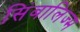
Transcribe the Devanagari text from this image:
सिंबालिज्म